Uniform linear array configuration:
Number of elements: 48
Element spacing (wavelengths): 0.75
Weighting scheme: hann
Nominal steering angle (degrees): -60
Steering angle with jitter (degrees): -60.511
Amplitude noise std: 0.05
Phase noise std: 0.05

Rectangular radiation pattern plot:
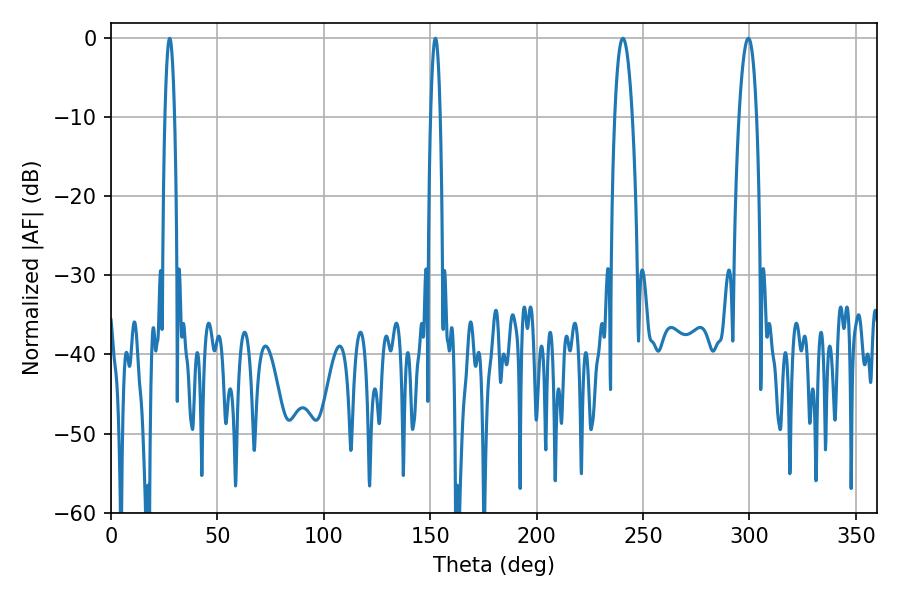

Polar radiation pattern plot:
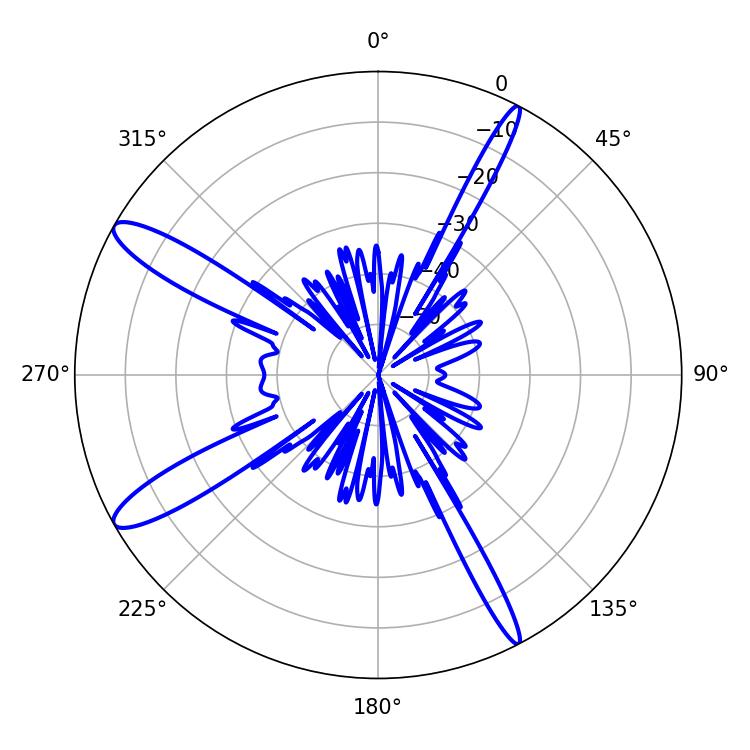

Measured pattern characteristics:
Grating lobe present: TRUE
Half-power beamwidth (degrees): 2.52
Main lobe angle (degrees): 27.54